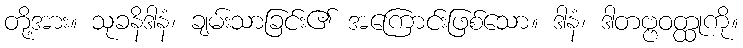
တို့အား။ သုခနိဒါနံ၊ ချမ်းသာခြင်း၏ အကြောင်းဖြစ်သော။ ဒါနံ၊ ဒါတဗ္ဗဝတ္ထုကို။